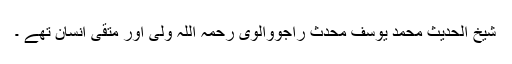
شیخ الحدیث محمد یوسف محدث راجووالوی رحمہ اللہ ولی اور متقی انسان تھے ۔